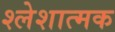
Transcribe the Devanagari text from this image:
श्लेशात्मक